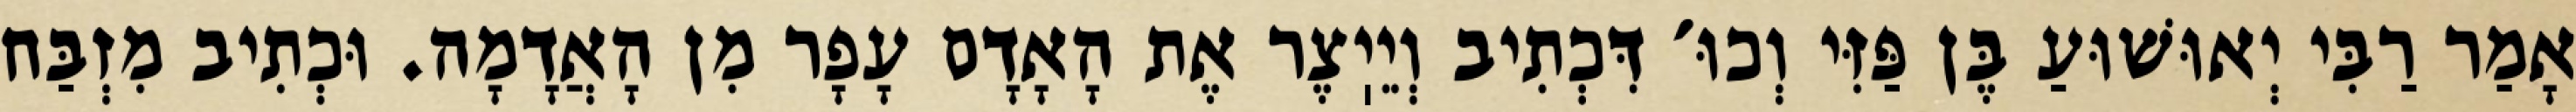
אָמַר רַבִּי יְאוּשׁוּעַ בֶּן פַּזִּי וְכוּ׳ דִּכְתִיב וְיֵיֽצֶר אֶת הָאָדָם עָפָר מִן הָאֲדָמָה. וּכְתִיב מִזְבַּח